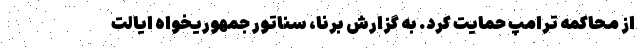
از محاکمه ترامپ حمایت کرد. به گزارش برنا، سناتور جمهوریخواه ایالت